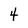
Character: 4